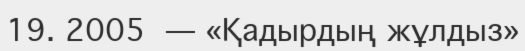
19. 2005 — «Қадырдың жұлдыз»